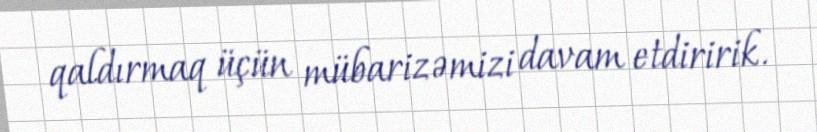
qaldırmaq üçün mübarizəmizi davam etdiririk.